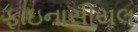
ફાઇનાસીયલ